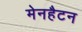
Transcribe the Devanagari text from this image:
मेनहैटन